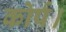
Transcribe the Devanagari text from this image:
कोर्प।